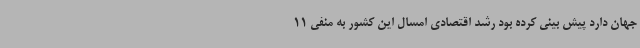
جهان دارد پیش بینی کرده بود رشد اقتصادی امسال این کشور به منفی 11